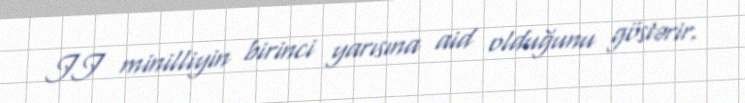
II minilliyin birinci yarısına aid olduğunu göstərir.